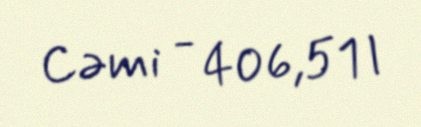
Cəmi - 406,51 l